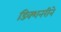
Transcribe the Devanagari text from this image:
डिक्शनरीने